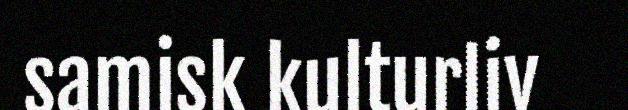
samisk kulturliv